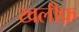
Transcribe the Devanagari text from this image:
खलीफ़